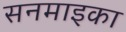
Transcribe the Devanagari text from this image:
सनमाइका